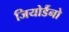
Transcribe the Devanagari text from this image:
जियोर्डैनो